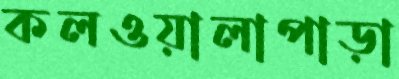
কলওয়ালাপাড়া